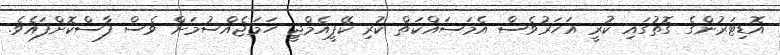
އޮޑިޓަރުންގެ ގޮތުގައި ކުރީ އަހަރުވެސް އެމަސައްކަތް ކުރި ކޭޕީއެމްޖީ ހަމަޖެއްސުމަށް ވެސް ފާސްކޮށްފައެވެ.